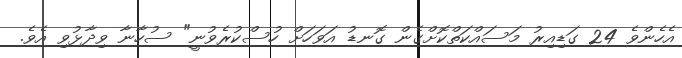
އެހެންވެ 24 ގަޑިއިރު މަސައްކަތްކޮށްގެން ގޮނޑު އަވަހަށް ހުސްކުރެވުނީ" ސުހާނާ ވިދާޅުވި އެވެ.